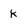
Character: k